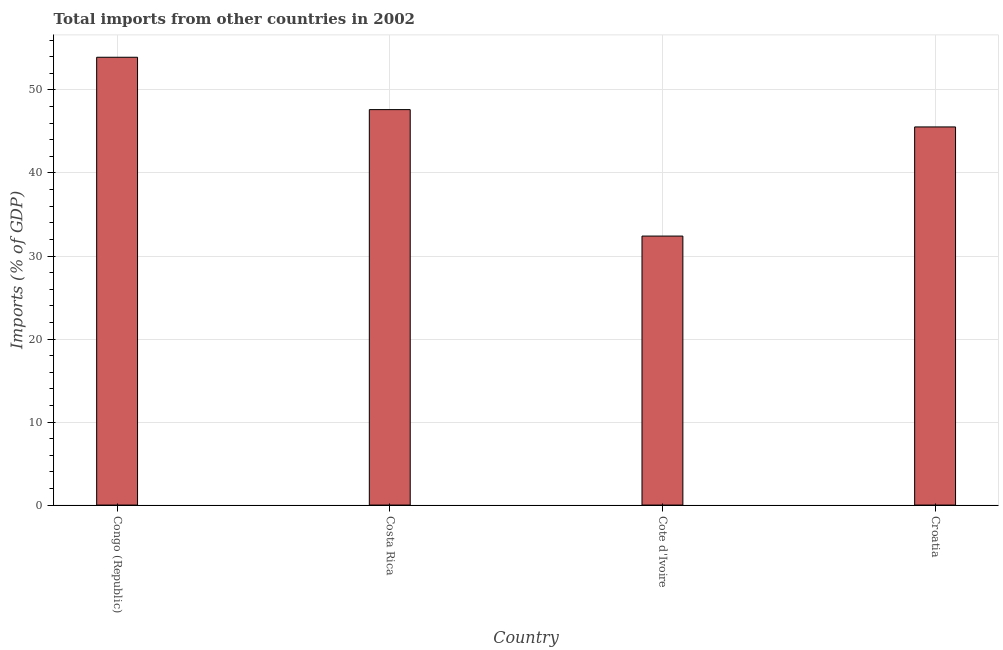
| Country | Imports |
 | --- | --- |
 | Congo (Republic) | 53.9 |
 | Costa Rica | 47.6 |
 | Cote d'Ivoire | 32.4 |
 | Croatia | 45.5 |